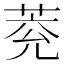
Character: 萒